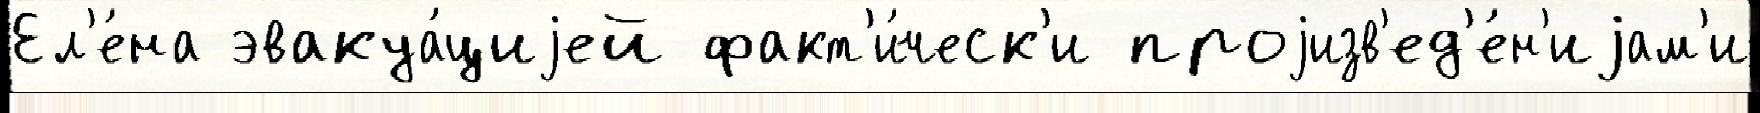
Ел'е́на эвакуа́циjей факт'и́ческ'и проjизв'ед'е́н'иjам'и